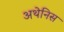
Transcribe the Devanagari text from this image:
अथेनिस